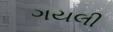
ગયલી